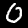
Digit: 0